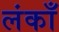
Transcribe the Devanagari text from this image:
लंकाँ